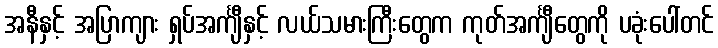
အနီနှင့် အပြာကျား ရှပ်အင်္ကျီနှင့် လယ်သမားကြီးတွေက ကုတ်အင်္ကျီတွေကို ပခုံးပေါ်တင်